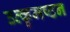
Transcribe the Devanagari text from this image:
उत्कृमष्टन